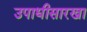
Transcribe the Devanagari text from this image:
उपाधीसारखा